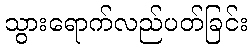
သွားရောက်လည်ပတ်ခြင်း